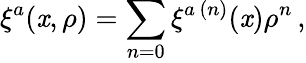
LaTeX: \xi^{a}(\mathit{x},\rho)=\sum_{n=0}\xi^{a\, (n)}(\mathit{x})\rho^{n}\, ,